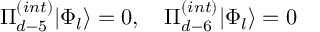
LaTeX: \Pi _ { d - 5 } ^ { ( i n t ) } | \Phi _ { l } \rangle = 0 , \quad \Pi _ { d - 6 } ^ { ( i n t ) } | \Phi _ { l } \rangle = 0